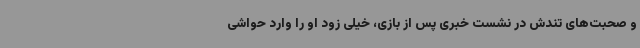
و صحبت‌های تندش در نشست خبری پس از بازی، خیلی زود او را وارد حواشی